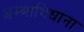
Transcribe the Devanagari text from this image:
अम्बाभिधाना